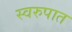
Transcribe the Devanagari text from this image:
स्‍वरुपात